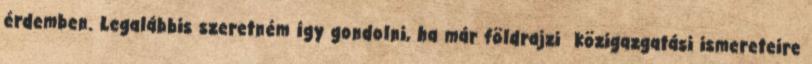
érdemben. Legalábbis szeretném így gondolni, ha már földrajzi közigazgatási ismereteire